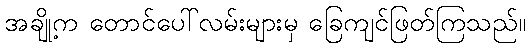
အချို့က တောင်ပေါ်လမ်းများမှ ခြေကျင်ဖြတ်ကြသည်။